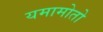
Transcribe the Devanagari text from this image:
यमामोतो